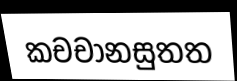
කචචානසුතත